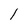
Character: l